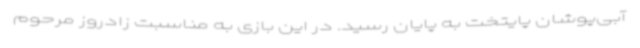
آبی‌پوشان پایتخت به پایان رسید. در این بازی به مناسبت زادروز مرحوم